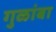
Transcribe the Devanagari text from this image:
गुळांबा